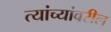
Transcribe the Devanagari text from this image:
त्यांच्यांवरील